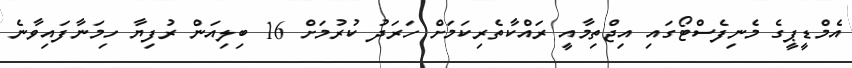
އެމްޑީޕީގެ މެނިފެސްޓޯގައި އިޖްތިމާއީ ރައްކާތެރިކަމަށް ހަރަދު ކުރުމަށް 16 ބިލިއަން ރުފިޔާ ހިމަނާފައިވާނެ